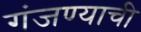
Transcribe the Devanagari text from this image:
गंजण्याची